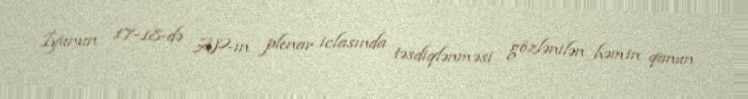
İyunun 17-18-də AP-ın plenar iclasında təsdiqlənməsi gözlənilən həmin qanun